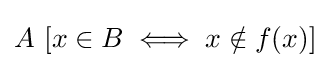
A\ [x\in B\iff x\notin f(x)]